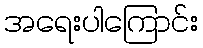
အရေးပါကြောင်း